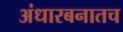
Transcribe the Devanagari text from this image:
अंधारबनातच